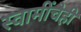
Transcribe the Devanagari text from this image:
स्वामींचेही